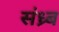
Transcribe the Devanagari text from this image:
संध्र्ब